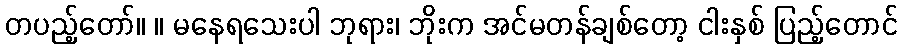
တပည့်တော်။ ။ မနေရသေးပါ ဘုရား၊ ဘိုးက အင်မတန်ချစ်တော့ ငါးနှစ် ပြည့်တောင်